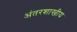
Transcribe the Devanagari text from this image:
अंतरशाखीय